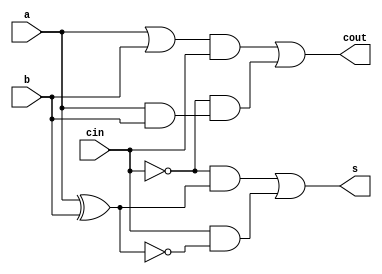
module FA(input a, b, cin, output s, cout);
	wire l, r;
	wire x, nx;
	wire notCin;

	not n1(notCin, cin);
	xor g1(x, a, b);
	not n2(nx, x);
	and a1(l, notCin, x);
	and a2(r, cin, nx);
	or o1(s, l, r);

	wire p, q;
	and b1(andd, a, b);
	or o2(orr, a, b);
	and b2(q, notCin, andd);
	and b3(p, orr, cin);
	or o3(cout, p, q);
endmodule